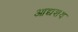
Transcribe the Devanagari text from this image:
आद्यशय